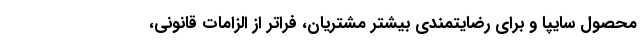
محصول سایپا و برای رضایتمندی بیشتر مشتریان، فراتر از الزامات قانونی،